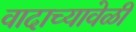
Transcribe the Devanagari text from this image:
वादाच्यावेळी